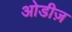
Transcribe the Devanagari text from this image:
ओडीज़